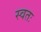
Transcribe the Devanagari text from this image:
स्वतः